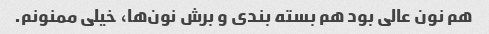
هم نون عالی بود هم بسته بندی و برش نون‌ها، خیلی ممنونم.